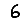
Digit: 6